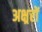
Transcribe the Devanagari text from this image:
अक्ष्ररों